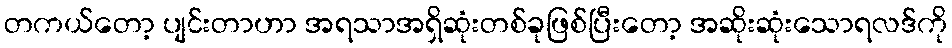
တကယ်တော့ ပျင်းတာဟာ အရသာအရှိဆုံးတစ်ခုဖြစ်ပြီးတော့ အဆိုးဆုံးသောရလဒ်ကို